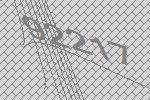
92217